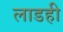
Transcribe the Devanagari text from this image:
लाडही